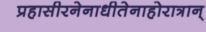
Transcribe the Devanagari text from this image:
प्रहासीरनेनाधीतेनाहोरात्रान्